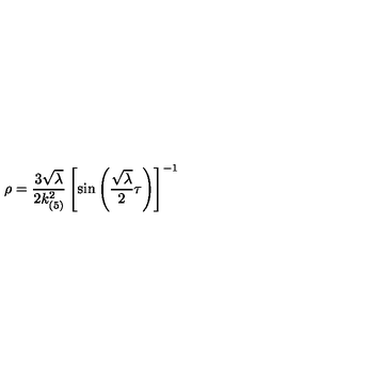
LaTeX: \rho = \frac { 3 \sqrt { \lambda } } { 2 k _ { ( 5 ) } ^ { 2 } } \left[ \sin \left( \frac { \sqrt { \lambda } } { 2 } \tau \right) \right] ^ { - 1 }